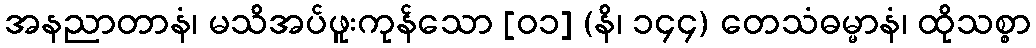
အနညာတာနံ၊ မသိအပ်ဖူးကုန်သော [၀၁] (နိ၊ ၁၄၄) တေသံဓမ္မာနံ၊ ထိုသစ္စာ